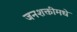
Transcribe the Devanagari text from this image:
जनशक्तीमधे